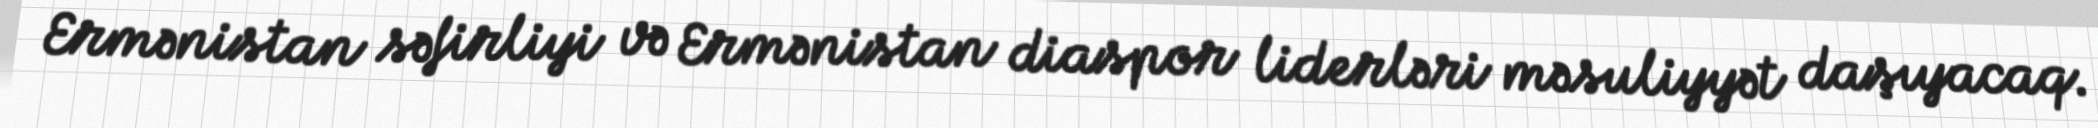
Ermənistan səfirliyi və Ermənistan diaspor liderləri məsuliyyət daşıyacaq.